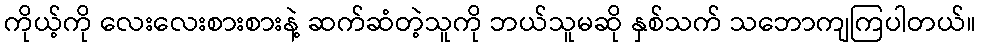
ကိုယ့်ကို လေးလေးစားစားနဲ့ ဆက်ဆံတဲ့သူကို ဘယ်သူမဆို နှစ်သက် သဘောကျကြပါတယ်။